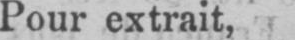
Pour extrait,